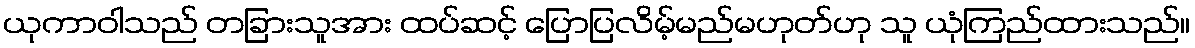
ယုကာဝါသည် တခြားသူအား ထပ်ဆင့် ပြောပြလိမ့်မည်မဟုတ်ဟု သူ ယုံကြည်ထားသည်။